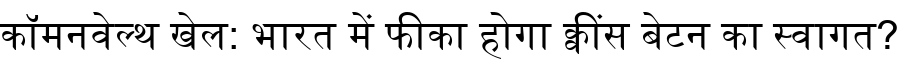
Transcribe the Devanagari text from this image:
कॉमनवेल्थ खेल: भारत में फीका होगा क्वींस बेटन का स्वागत?